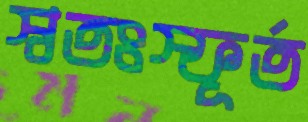
স্বতঃস্ফূর্ত